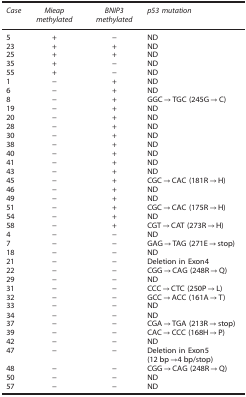
<table><thead><tr><td><b><i>Case</i></b></td><td><b><i>Mieap methylated</i></b></td><td><b><i>BNIP3 methylated</i></b></td><td><b><i>p53 mutation</i></b></td></tr></thead><tbody><tr><td>5</td><td>+</td><td>−</td><td>ND</td></tr><tr><td>23</td><td>+</td><td>+</td><td>ND</td></tr><tr><td>25</td><td>+</td><td>+</td><td>ND</td></tr><tr><td>35</td><td>+</td><td>−</td><td>ND</td></tr><tr><td>55</td><td>+</td><td>−</td><td>ND</td></tr><tr><td>1</td><td>−</td><td>+</td><td>ND</td></tr><tr><td>6</td><td>−</td><td>+</td><td>ND</td></tr><tr><td>8</td><td>−</td><td>+</td><td>GGC→TGC (245G→C)</td></tr><tr><td>19</td><td>−</td><td>+</td><td>ND</td></tr><tr><td>20</td><td>−</td><td>+</td><td>ND</td></tr><tr><td>28</td><td>−</td><td>+</td><td>ND</td></tr><tr><td>30</td><td>−</td><td>+</td><td>ND</td></tr><tr><td>38</td><td>−</td><td>+</td><td>ND</td></tr><tr><td>40</td><td>−</td><td>+</td><td>ND</td></tr><tr><td>41</td><td>−</td><td>+</td><td>ND</td></tr><tr><td>43</td><td>−</td><td>+</td><td>ND</td></tr><tr><td>45</td><td>−</td><td>+</td><td>CGC→CAC (181R→H)</td></tr><tr><td>46</td><td>−</td><td>+</td><td>ND</td></tr><tr><td>49</td><td>−</td><td>+</td><td>ND</td></tr><tr><td>51</td><td>−</td><td>+</td><td>CGC→CAC (175R→H)</td></tr><tr><td>54</td><td>−</td><td>+</td><td>ND</td></tr><tr><td>58</td><td>−</td><td>+</td><td>CGT→CAT (273R→H)</td></tr><tr><td>4</td><td>−</td><td>−</td><td>ND</td></tr><tr><td>7</td><td>−</td><td>−</td><td>GAG→TAG (271E→stop)</td></tr><tr><td>18</td><td>−</td><td>−</td><td>ND</td></tr><tr><td>21</td><td>−</td><td>−</td><td>Deletion in Exon4</td></tr><tr><td>22</td><td>−</td><td>−</td><td>CGG→CAG (248R→Q)</td></tr><tr><td>29</td><td>−</td><td>−</td><td>ND</td></tr><tr><td>31</td><td>−</td><td>−</td><td>CCC→CTC (250P→L)</td></tr><tr><td>32</td><td>−</td><td>−</td><td>GCC→ACC (161A→T)</td></tr><tr><td>33</td><td>−</td><td>−</td><td>ND</td></tr><tr><td>34</td><td>−</td><td>−</td><td>ND</td></tr><tr><td>37</td><td>−</td><td>−</td><td>CGA→TGA (213R→stop)</td></tr><tr><td>39</td><td>−</td><td>−</td><td>CAC→CCC (168H→P)</td></tr><tr><td>42</td><td>−</td><td>−</td><td>ND</td></tr><tr><td>47</td><td>−</td><td>−</td><td>Deletion in Exon5 (12 bp→4 bp/stop)</td></tr><tr><td>48</td><td>−</td><td>−</td><td>CGG→CAG (248R→Q)</td></tr><tr><td>50</td><td>−</td><td>−</td><td>ND</td></tr><tr><td>57</td><td>−</td><td>−</td><td>ND</td></tr></tbody></table>